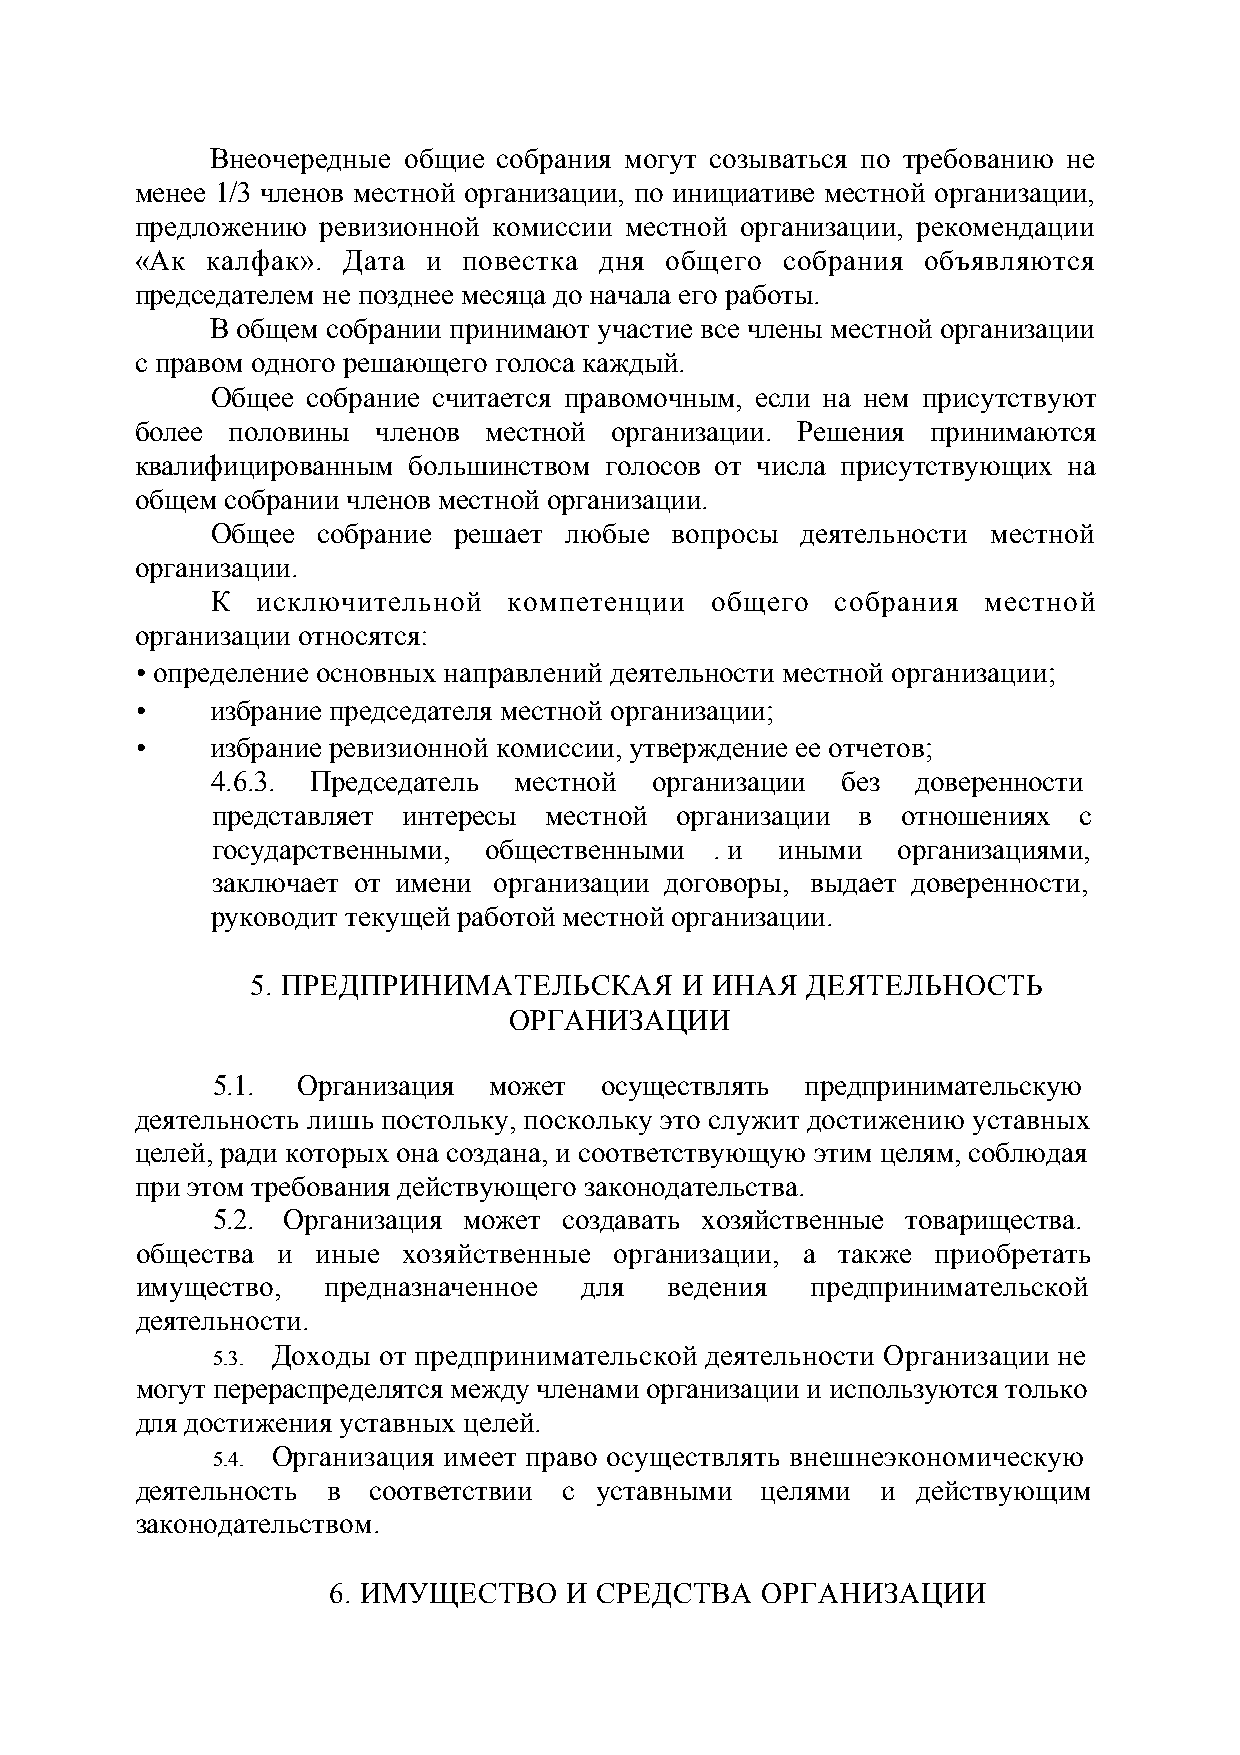
Внеочередные общие собрания могут созываться по требованию не
 менее 1/3 членов местной организации, по инициативе местной организации,
 предложению ревизионной комиссии местной организации, рекомендации
 «Ак  калфак». Дата и  повестка дня общего  собрания объявляются
 председателем не позднее месяца до начала его работы.
 В общем собрании принимают участие все члены местной организации
 с правом одного решающего голоса каждый.
 Общее собрание считается правомочным, если на нем присутствуют
 более половины  членов местной организации. Решения  принимаются
 квалифицированным большинством голосов от числа присутствующих на
 общем собрании членов местной организации.
 Общее  собрание решает любые  вопросы  деятельности местной
 организации.
 К  исключительной   компетенции  общего  собрания  местной
 организации относятся:
 • определение основных направлений деятельности местной организации;
 •    избрание председателя местной организации;
 •    избрание ревизионной комиссии, утверждение ее отчетов;
 4.6.3. Председатель местной  организации  без  доверенности
 представляет интересы местной  организации в  отношениях с
 государственными, общественными  . и  иными  организациями,
 заключает от имени организации договоры, выдает доверенности,
 руководит текущей работой местной организации.
 5. ПРЕДПРИНИМАТЕЛЬСКАЯ      И ИНАЯ  ДЕЯТЕЛЬНОСТЬ
 ОРГАНИЗАЦИИ
 5.1.  Организация может   осуществлять предпринимательскую
 деятельность лишь постольку, поскольку это служит достижению уставных
 целей, ради которых она создана, и соответствующую этим целям, соблюдая
 при этом требования действующего законодательства.
 5.2. Организация может создавать хозяйственные товарищества.
 общества и  иные  хозяйственные организации, а также приобретать
 имущество,   предназначенное  для  ведения   предпринимательской
 деятельности.
 Доходы от предпринимательской деятельности Организации не
 5.3.
 могут перераспределятся между членами организации и используются только
 для достижения уставных целей.
 Организация имеет право осуществлять внешнеэкономическую
 5.4.
 деятельность в соответствии с уставными  целями  и  действующим
 законодательством.
 6. ИМУЩЕСТВО    И СРЕДСТВА  ОРГАНИЗАЦИИ